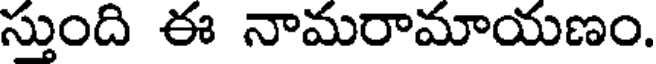
స్తుంది ఈ నామరామాయణం.